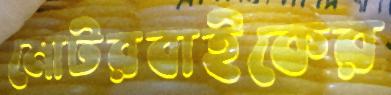
মোটরবাইকের